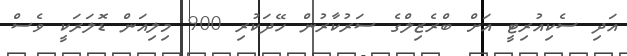
އަދި ސެކިއުރިޓީ އަށް ބްރެޒިލްގެ ސަރުކާރުން ހޭދަކުރި 900 މިލިއަން ޑޮލަރަކީ ވެސް